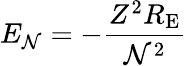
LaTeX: E_{\mathcal{N}}=-{\frac{{Z^{2}R_{\mathrm{{E}}}}}{{\mathcal{N}^{2}}}}